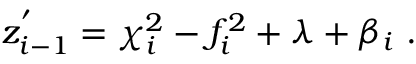
z _ { i - 1 } ^ { ' } = \chi _ { i } ^ { 2 } - f _ { i } ^ { 2 } + \lambda + \beta _ { i } ~ .